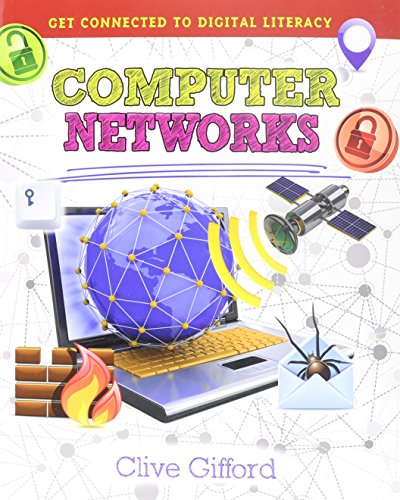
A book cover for Computer Networks (Get Connected to Digital Literacy); Clive Gifford; Children's Books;